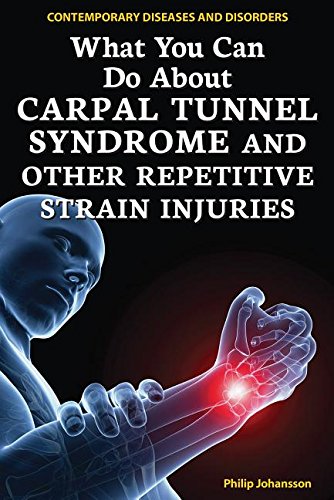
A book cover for What You Can Do about Carpal Tunnel Syndrome and Other Repetitive Strain Injuries (Contemporary Diseases and Disorders); Philip Johansson; Teen & Young Adult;